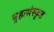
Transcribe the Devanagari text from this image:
बृहत्संस्कृत